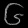
Digit: ၆